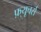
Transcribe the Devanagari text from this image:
फ़्यूचर्स